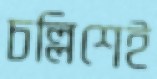
চল্লিশেই